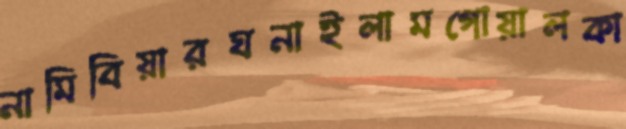
নামিবিয়ারঘনাইলামগোয়ালকা